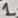
Text: 1